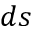
d s